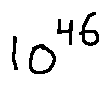
1 0 ^ { 4 6 }